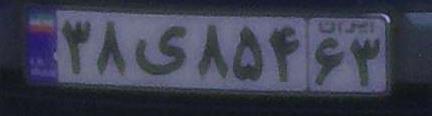
۳۸ی۸۵۴۶۳